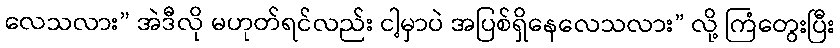
လေသလား” အဲဒီလို မဟုတ်ရင်လည်း ငါ့မှာပဲ အပြစ်ရှိနေလေသလား” လို့ ကြံတွေးပြီး